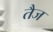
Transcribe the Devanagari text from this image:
तैज